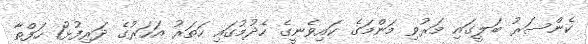
ކެންސަރު ބަލީގައި މަރުވި މަންމަގެ ކައިވެނީގެ ހެދުމުގައި ހަތަރު އަހަރުގެ ދަރިފުޅު1 ހަފްތާ